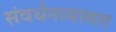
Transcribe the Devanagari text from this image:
संवर्धनाबाबत